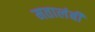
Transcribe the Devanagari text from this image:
मतालंबी